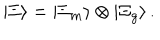
LaTeX: | \Xi \rangle = | \Xi _ { m } \rangle \otimes | \Xi _ { g } \rangle \, .